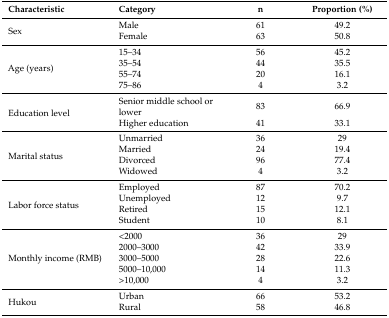
<table><thead><tr><td><b>Characteristic </b></td><td><b>Category</b></td><td><b>n</b></td><td><b>Proportion (%)</b></td></tr></thead><tbody><tr><td rowspan="2">Sex</td><td>Male</td><td>61</td><td>49.2</td></tr><tr><td>Female</td><td>63</td><td>50.8</td></tr><tr><td rowspan="4">Age (years)</td><td>15–34</td><td>56</td><td>45.2</td></tr><tr><td>35–54</td><td>44</td><td>35.5</td></tr><tr><td>55–74</td><td>20</td><td>16.1</td></tr><tr><td>75–86</td><td>4</td><td>3.2</td></tr><tr><td rowspan="2">Education level</td><td>Senior middle school or lower</td><td>83</td><td>66.9</td></tr><tr><td>Higher education</td><td>41</td><td>33.1</td></tr><tr><td rowspan="4">Marital status</td><td>Unmarried</td><td>36</td><td>29</td></tr><tr><td>Married</td><td>24</td><td>19.4</td></tr><tr><td>Divorced</td><td>96</td><td>77.4</td></tr><tr><td>Widowed</td><td>4</td><td>3.2</td></tr><tr><td rowspan="4">Labor force status</td><td>Employed</td><td>87</td><td>70.2</td></tr><tr><td>Unemployed</td><td>12</td><td>9.7</td></tr><tr><td>Retired</td><td>15</td><td>12.1</td></tr><tr><td>Student</td><td>10</td><td>8.1</td></tr><tr><td rowspan="5">Monthly income (RMB)</td><td>&lt;2000</td><td>36</td><td>29</td></tr><tr><td>2000–3000</td><td>42</td><td>33.9</td></tr><tr><td>3000–5000</td><td>28</td><td>22.6</td></tr><tr><td>5000–10,000</td><td>14</td><td>11.3</td></tr><tr><td>&gt;10,000</td><td>4</td><td>3.2</td></tr><tr><td rowspan="2">Hukou</td><td>Urban</td><td>66</td><td>53.2</td></tr><tr><td>Rural</td><td>58</td><td>46.8</td></tr></tbody></table>